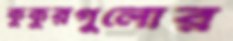
কুকুরগুলোর